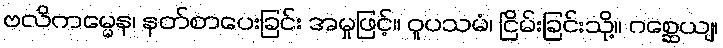
ဗလိကမ္မေန၊ နတ်စာပေးခြင်း အမှုဖြင့်။ ဝူပသမံ၊ ငြိမ်းခြင်းသို့။ ဂစ္ဆေယျ၊